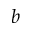
b